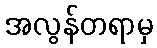
အလွန်တရာမှ